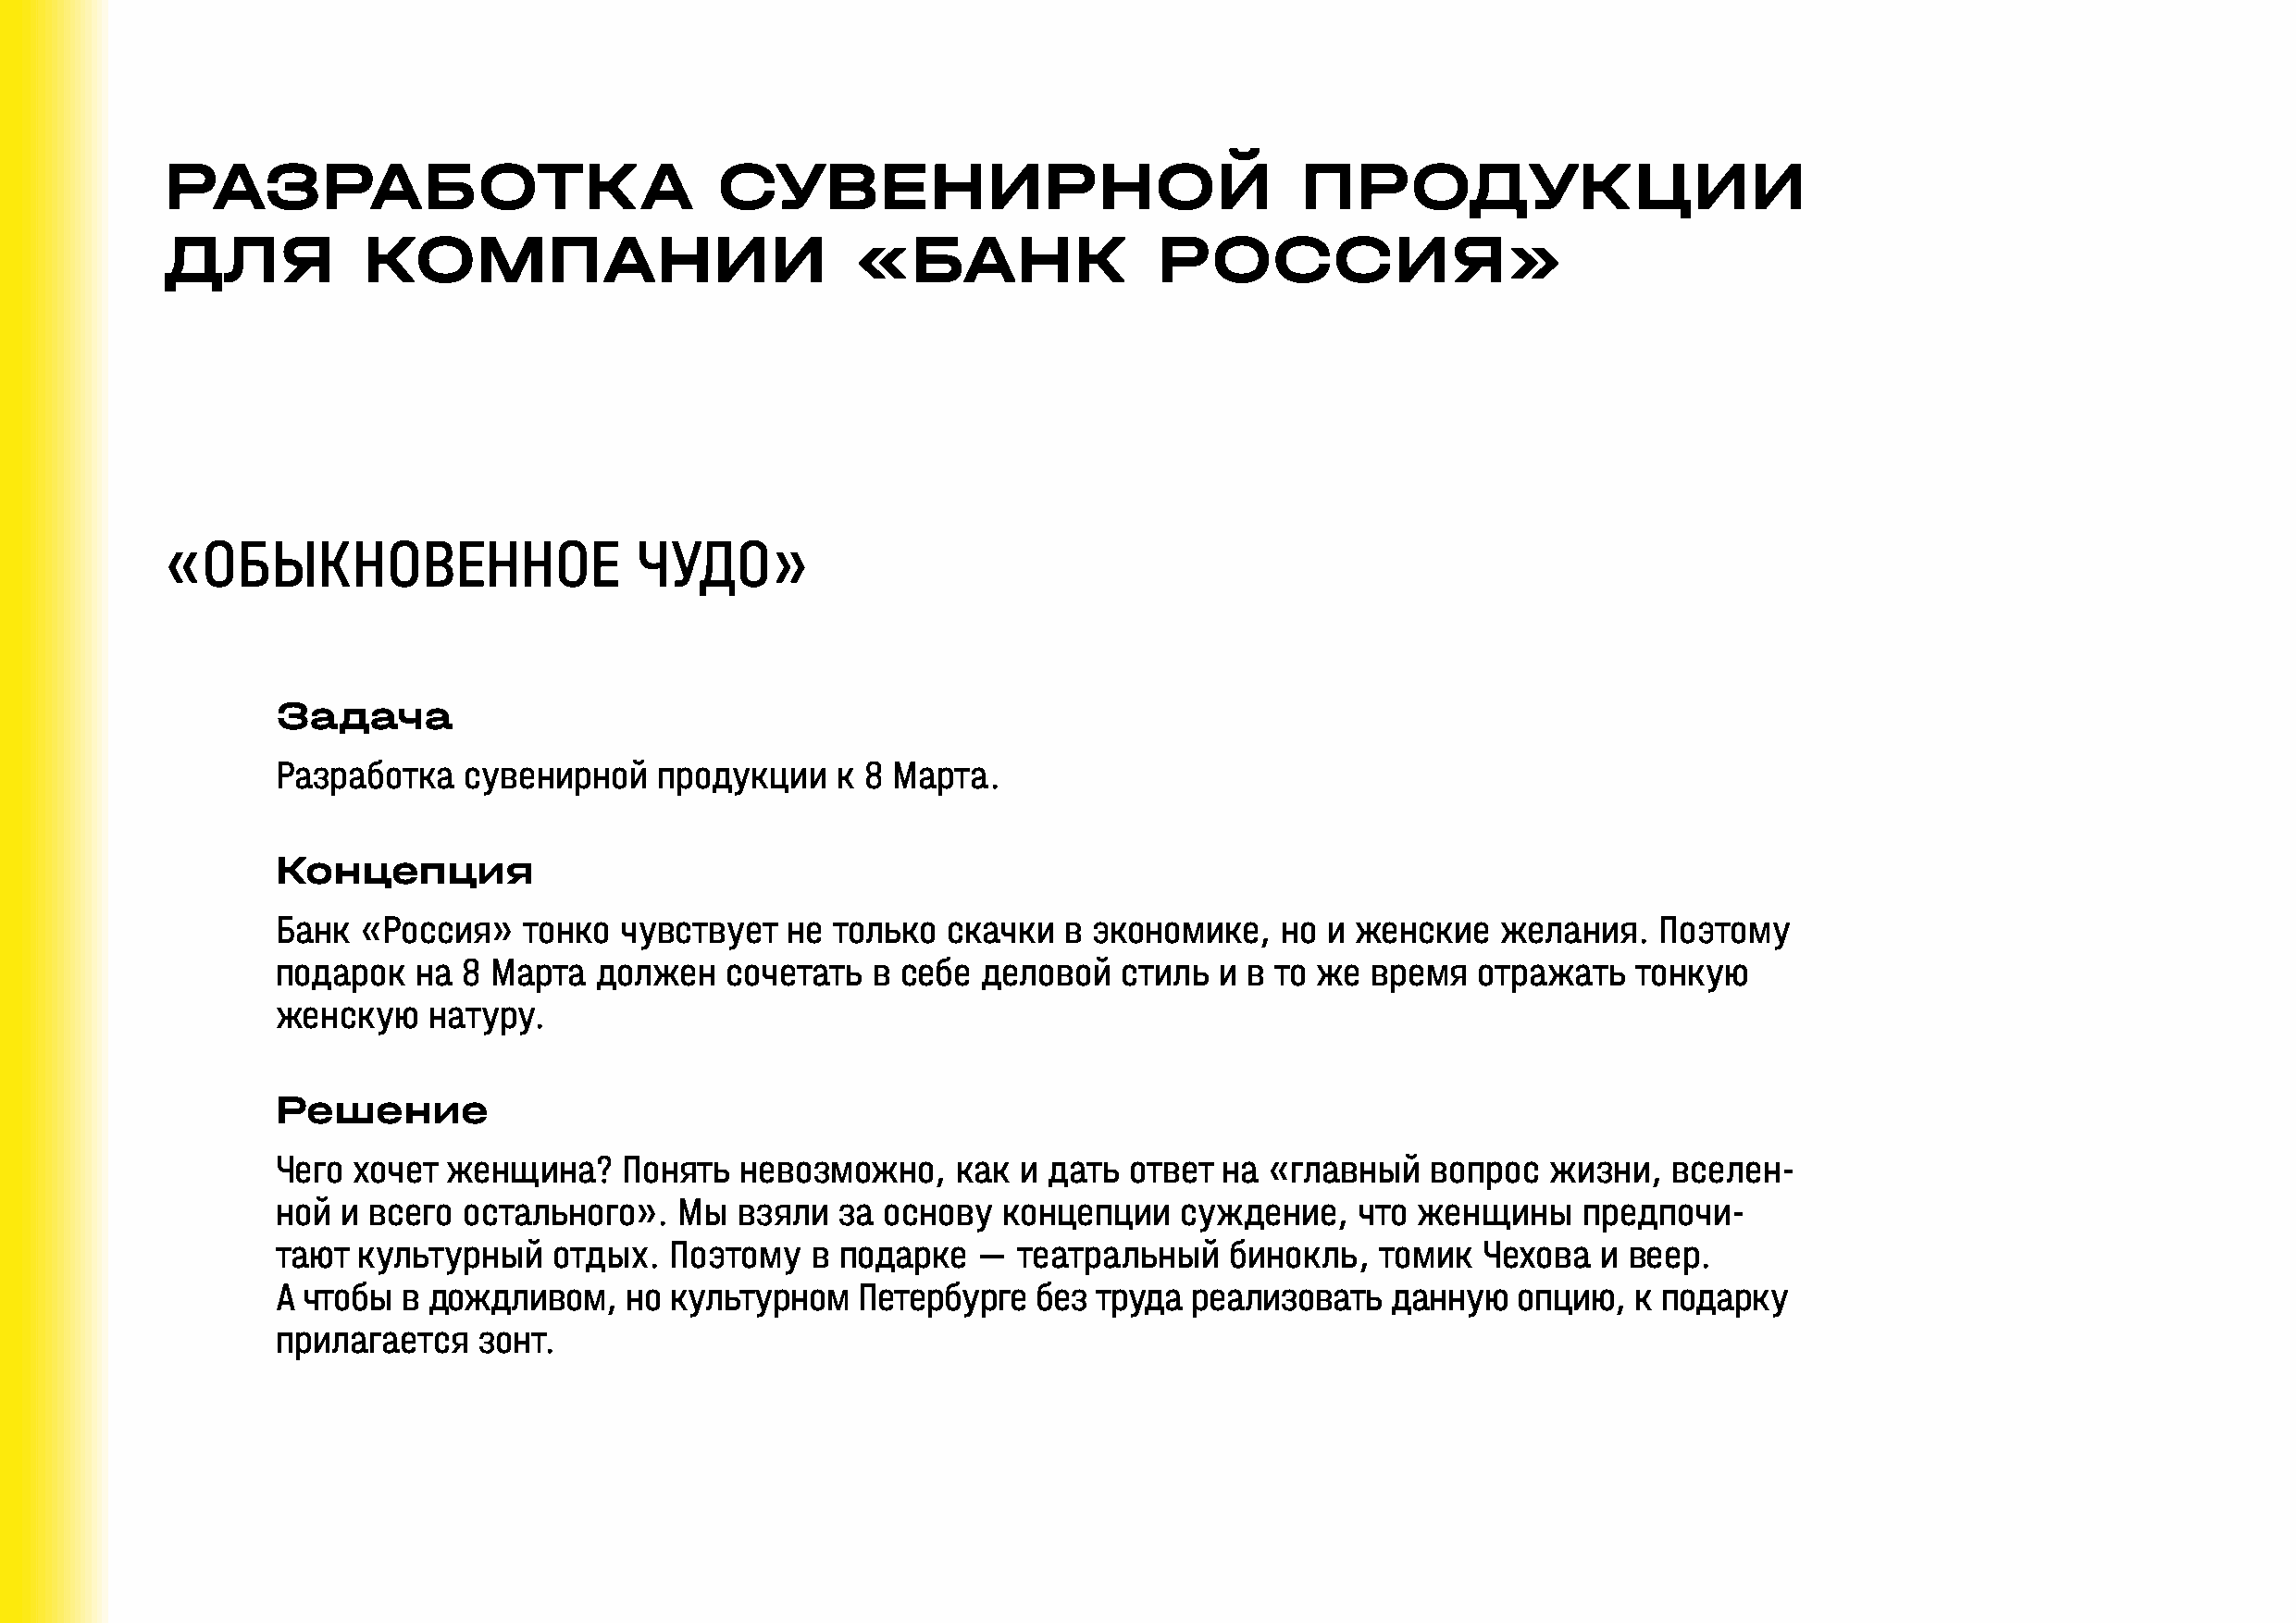
РАЗРАБОТКА                             СУВЕНИРНОЙ                                ПРОДУКЦИИ
 ДЛЯ           КОМПАНИИ                           «БАНК                 РОССИЯ»
 «ОБЫКНОВЕННОЕ                     ЧУДО»
 Задача
 Разработка   сувенирной    продукции    к 8 Марта.
 Концепция
 Банк  «Россия»   тонко  чувствует   не  только  скачки  в экономике,    но и женские   желания.    Поэтому
 подарок   на 8 Марта   должен   сочетать  в себе  деловой   стиль  и в то же  время   отражать   тонкую
 женскую    натуру.
 Решение
 Чего хочет  женщина?     Понять  невозможно,    как  и дать  ответ на  «главный   вопрос   жизни,   вселен-
 ной и всего  остального».    Мы  взяли  за основу   концепции   суждение,    что женщины     предпочи-
 тают  культурный    отдых.  Поэтому   в подарке   —  театральный    бинокль,   томик  Чехова  и веер.
 А чтобы  в дождливом,    но культурном    Петербурге  без  труда реализовать    данную   опцию,  к подарку
 прилагается   зонт.